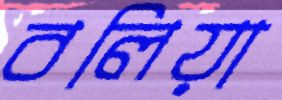
বলিয়া